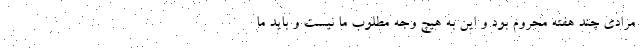
مرادی چند هفته محروم بود و این به هیچ وجه مطلوب ما نیست و باید ما